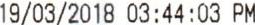
19/03/2018 03:44:03 PM